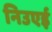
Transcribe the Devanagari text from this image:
निउएई